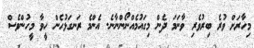
މިހާރަށް ވުރެ ބިރުވެރި ވާނަމަ ދެން މިގައުމެއްނޯންނާނެ. އެންމެ ރަނގަޅުހެން ހީވާ މީހުންވެސް